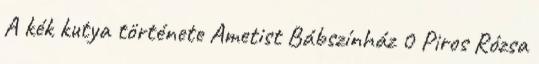
A kék kutya története Ametist Bábszínház 0 Piros Rózsa